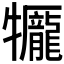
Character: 𤜎